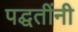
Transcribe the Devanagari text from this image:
पद्घतींनी